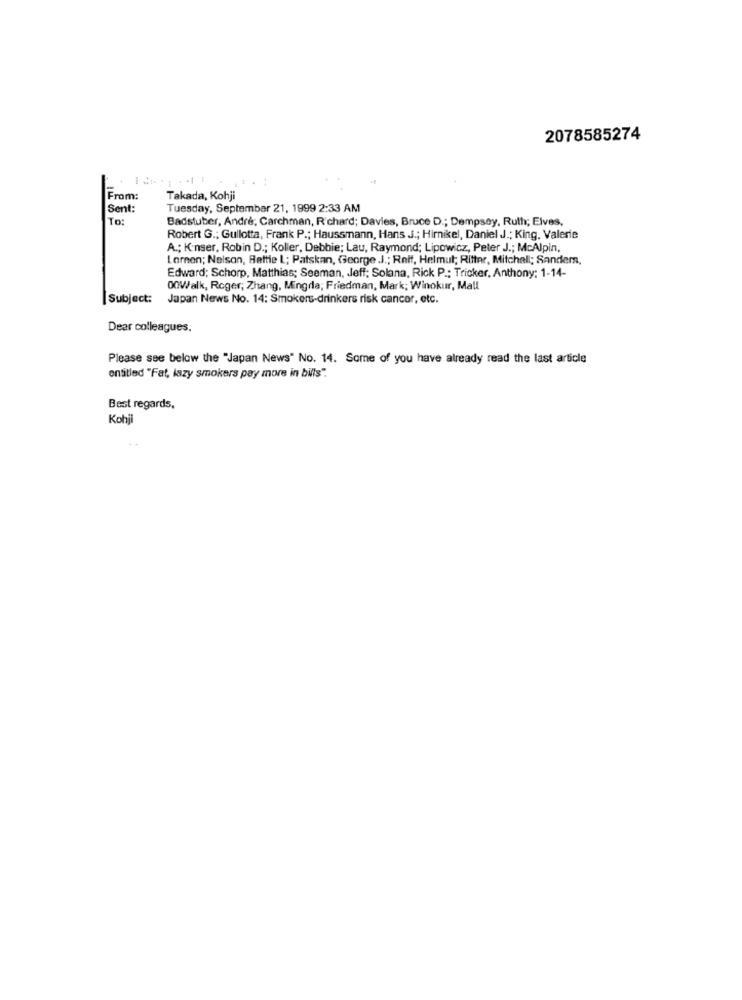
2078585274
From:
Takada, Kohji
Sent:
Tuesday, September 21, 1999 2:33 AM
To:
Badstuber, André; Carchman, Richard; Davies, Bruce D .; Dempsey, Ruth; Elves,
Robert G .; Gullotta, Frank P .; Haussmann, Hans J .; Hirnikel, Daniel J .; King. Valerie
A .; Konser, Robin D .; Koller, Debbie; Lau, Raymond; Lipowicz, Peter J .; McAlpin,
Laren; Nelson, Battle L; Patskan, George J .; Relf, Helmut; Ritter, Mitchell; Sanders,
Edward; Schorp, Matthias; Seeman, Jeff; Solana, Rick P .: Tricker, Anthony: 1-14-
00Walk, Roger; Zhang, Mingda; Friedman, Mark; Winokur, Mall
Subject:
Japan News No. 14: Smokers-drinkers risk cancer, etc.
Dear colleagues.
Please see below the "Japan News" No. 14. Some of you have already read the last article
entitled "Fat, lazy smokers pay more in bills".
Best regards,
Kohji